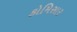
કોમિસાર